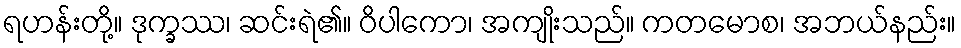
ရဟန်းတို့။ ဒုက္ခဿ၊ ဆင်းရဲ၏။ ဝိပါကော၊ အကျိုးသည်။ ကတမောစ၊ အဘယ်နည်း။